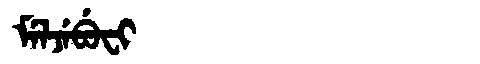
Manchu: ᠮᡝᠯᠵᡝᠪᡠᠸᡳ
Romanization: MELJEBUFI